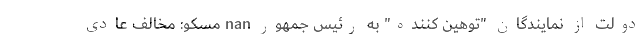
دولت از نمایندگان "توهین کننده" به رئیس جمهور nan مسکو: مخالف عادی